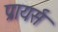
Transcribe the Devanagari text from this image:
प्रायर्स